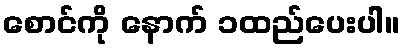
စောင်ကို နောက် ၁ထည်ပေးပါ။